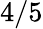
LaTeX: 4/5